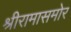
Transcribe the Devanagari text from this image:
श्रीरामासमोर